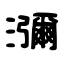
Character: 瀰